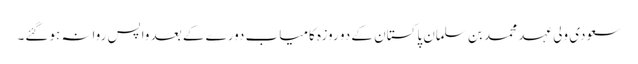
سعودی ولی عہد محمد بن سلمان پاکستان کے دو روزہ کامیاب دورے کے بعد واپس روانہ ہوگئے۔